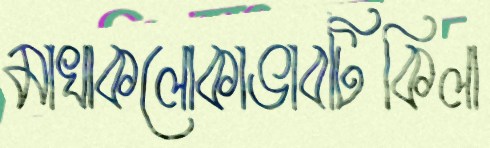
মাখাকলোকাভাবটিকিলা